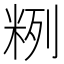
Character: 𱸻